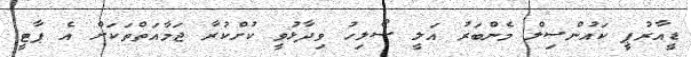
ޑީއާރުޕީ ކައުންސިލް މެންބަރު އަލީ ސޯލިހު ވިދާޅުވީ ކުށްކުރާ ޖަމާއަތްތަކަށް އެ ޕާޓީ